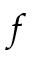
f